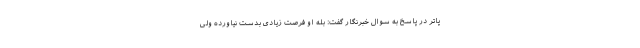
پاتر در پاسخ به سوال خبرنگار گفت: بله او فرصت زیادی بدست نیاورده ولی